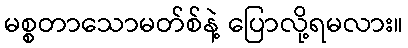
မစ္စတာသောမတ်စ်နဲ့ ပြောလို့ရမလား။